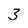
Character: 3